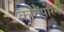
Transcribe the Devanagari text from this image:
कोंतेंपोरैन